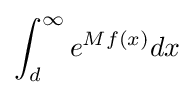
\int _{d}^{\infty }e^{Mf(x)}dx